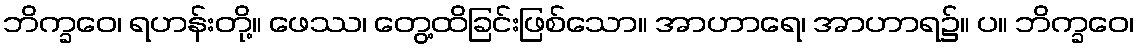
ဘိက္ခဝေ၊ ရဟန်းတို့။ ဖေဿ၊ တွေ့ထိခြင်းဖြစ်သော။ အာဟာရေ၊ အာဟာရ၌။ ပ။ ဘိက္ခဝေ၊